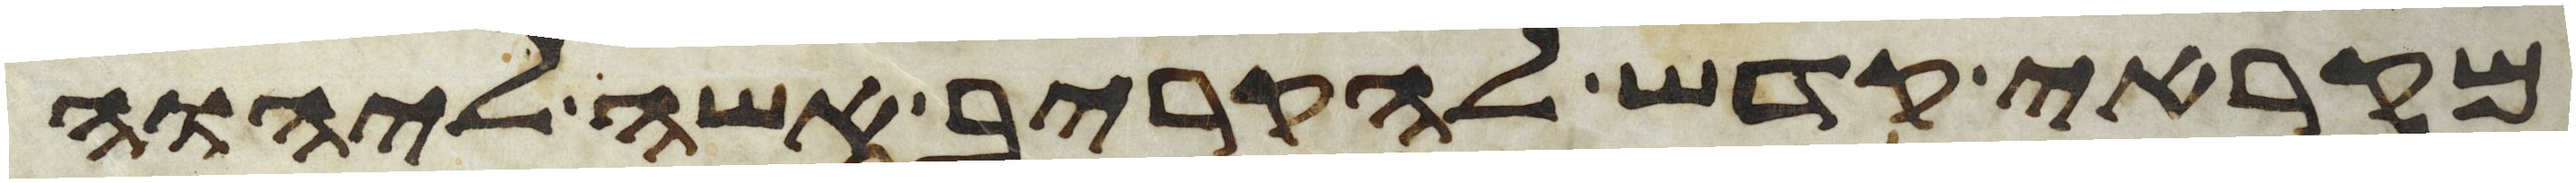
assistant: מקראי קדש להקריב אשה ליהוה